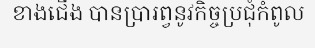
ខាងជើង បានប្រារព្វនូវកិច្ចប្រជុំកំពូល